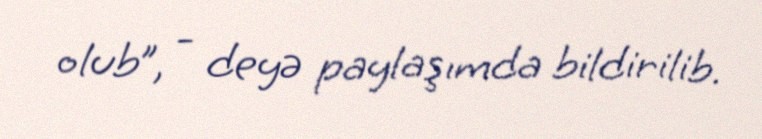
olub”, - deyə paylaşımda bildirilib.